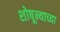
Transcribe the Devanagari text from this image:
शोषून्याच्या